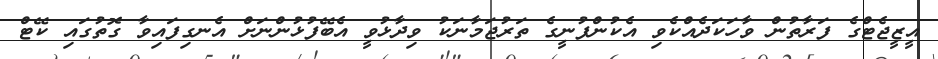
އީޒީޖެޓްގެ ފަރާތުން ވާހަކަދެއްކެވި އެކުންފުނީގެ ތަރުޖަމާނަކު ވިދާޅުވީ އެބޭފުޅުންނަށް އެނގިފައިވާ ގޮތުގައި ކޭޓް